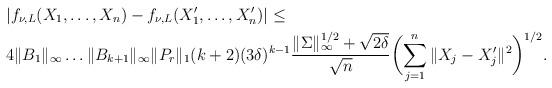
LaTeX: \begin{align*}&|f_{\nu,L}(X_1,\dots, X_n)-f_{\nu,L}(X_1',\dots, X_n')|\leq \\&4\|B_1\|_{\infty}\dots \|B_{k+1}\|_{\infty} \|P_r\|_1 (k+2)(3\delta)^{k-1} \frac{\|\Sigma\|_{\infty}^{1/2}+\sqrt{2\delta}}{\sqrt{n}}\biggl(\sum_{j=1}^n \|X_j-X_j'\|^2\biggr)^{1/2}.\end{align*}